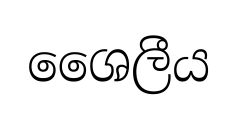
ශෛලීය